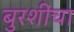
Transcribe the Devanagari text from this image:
बुरशींचा